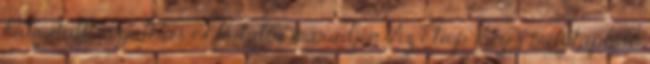
hidratált, rugalmas és fiatalos maradjon. Az Etióp mézes mélytápláló